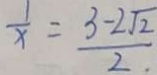
\frac { 1 } { x } = \frac { 3 - 2 \sqrt { 2 } } { 2 } .